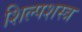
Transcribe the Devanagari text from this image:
शिल्पशस्त्र